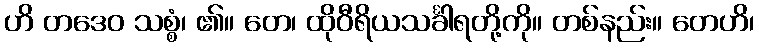
ဟိ တဒေဝ သစ္စံ၊ ၏။ တေ၊ ထိုဝီရိယသင်္ခါရတို့ကို။ တစ်နည်း။ တေဟိ၊